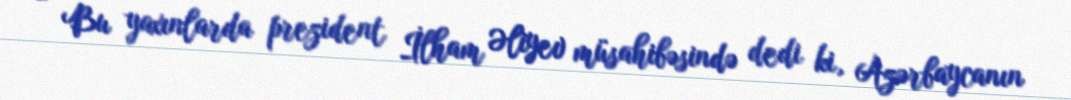
- Bu yaxınlarda prezident İlham Əliyev müsahibəsində dedi ki, Azərbaycanın